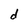
Character: d